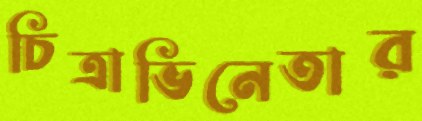
চিত্রাভিনেতার